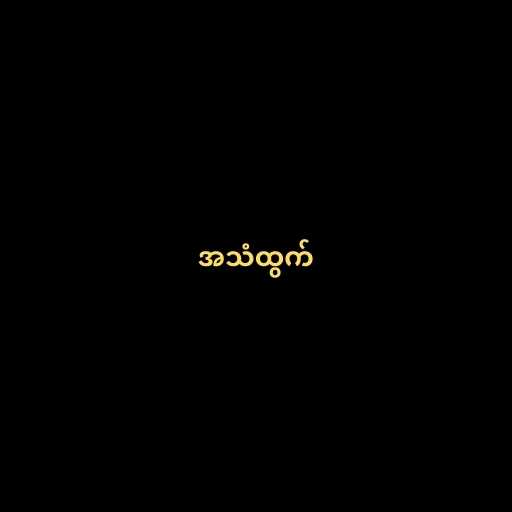
အသံထွက်